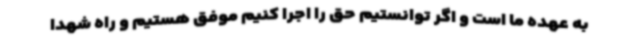
به عهده ما است و اگر توانستیم حق را اجرا کنیم موفق هستیم و راه شهدا